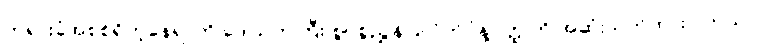
တရားခံအစစ်ရှိတဲ့နေရာကို ဒေါသတကြီး စွပ်စွဲညွှန်ပြလိုက်ပုံနဲ့ဝတ္ထုကို အဆုံးသတ်ထားပါတယ်။